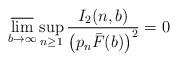
LaTeX: \begin{align*} \varlimsup_{b \rightarrow \infty} \sup_{n \geq 1} \frac{I_2(n,b)}{ \left(p_n\bar{F}(b) \right)^2} = 0 \end{align*}